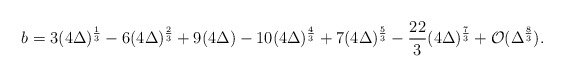
\begin{align*}b = 3(4\Delta)^{\frac{1}{3}} - 6(4\Delta)^{\frac{2}{3}} + 9(4\Delta) - 10(4\Delta)^{\frac{4}{3}} + 7(4\Delta)^{\frac{5}{3}} - \frac{22}{3}(4\Delta)^{\frac{7}{3}} + {\cal{O}}(\Delta^{\frac{8}{3}}) .\end{align*}